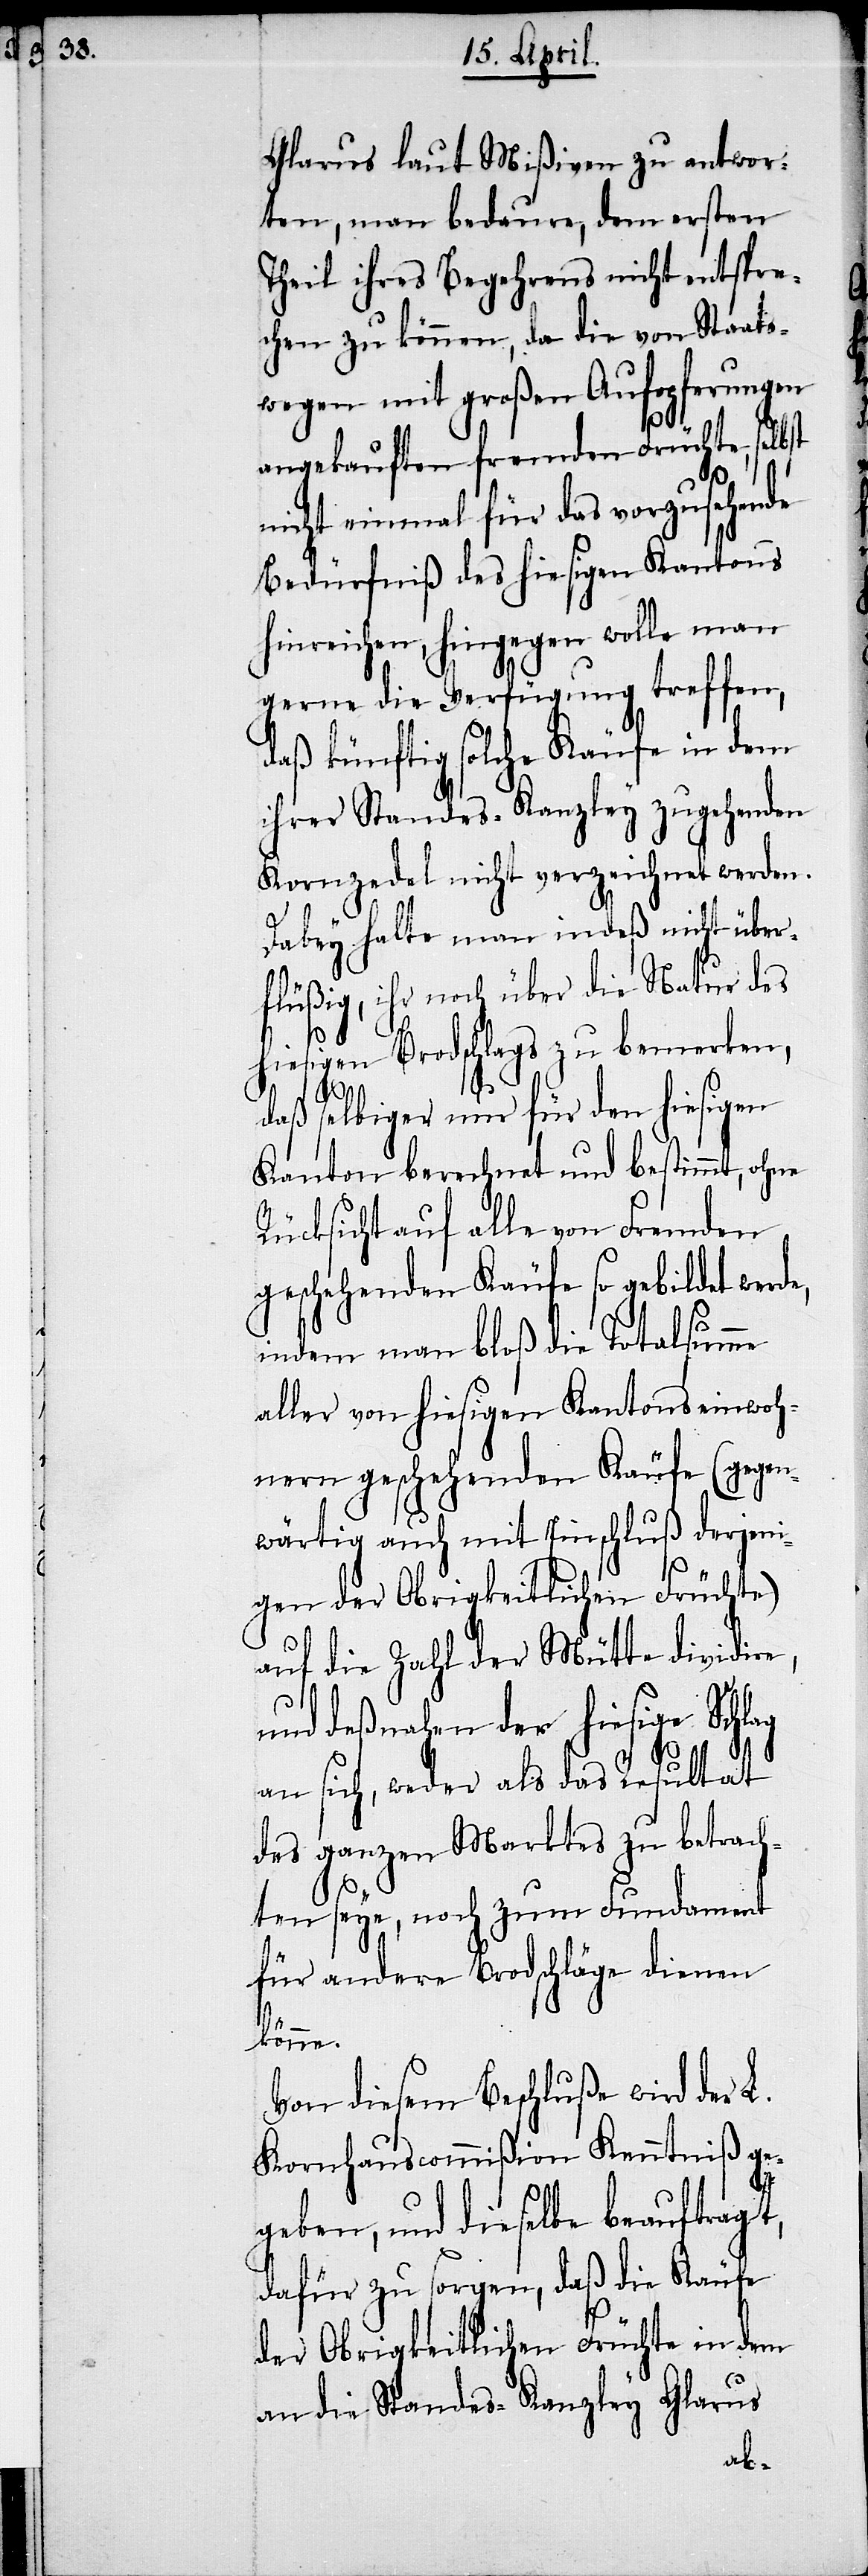
Glarus laut Mißiven zu antwor¬
ten, man bedaure, dem ersten
Theil ihres Begehrens nicht entspre¬
chen zu können, da die von Staats¬
wegen mit großen Aufopferungen
angekauften fremden Früchte, selbst
nicht einmal für das vorzusehende
Bedürfniß des hiesigen Kantons
hinreichen, hingegen wolle man
gerne die Verfügung treffen,
daß künftig solche Käufe in dem
ihrer Standes-Kanzley zugehenden
Kornzedel nicht verzeichnet werden.
Dabey halte man indeß nicht über¬
flüßig, ihr noch über die Natur des
hiesigen Brodschlags zu bemerken,
daß selbiger nur für den hiesigen
Kanton berechnet und bestimmt, ohne
Rücksicht auf alle von Fremden
geschehenden Käufe so gebildet werde,
indem man bloß die Totalsumme
aller von hiesigen Kantonseinwoh¬
nern geschehenden Käufe (gegen¬
wärtig auch mit Einschluß derjeni¬
gen der Obrigkeitlichen Früchte)
auf die Zahl der Mütte dividire,
und deßnahen der hiesige Schlag
an sich, weder als das Resultat
des ganzen Marktes zu betrach¬
ten seye, noch zum Fundament
für andere Brodschläge dienen
könne.
Von diesem Beschluße wird der L.
Kornhauscommißion Kenntniß ge¬
geben, und dieselbe beauftragt,
dafür zu sorgen, daß die Käufe
der Obrigkeitlichen Früchte in dem
an die Standes-Kanzley Glarus